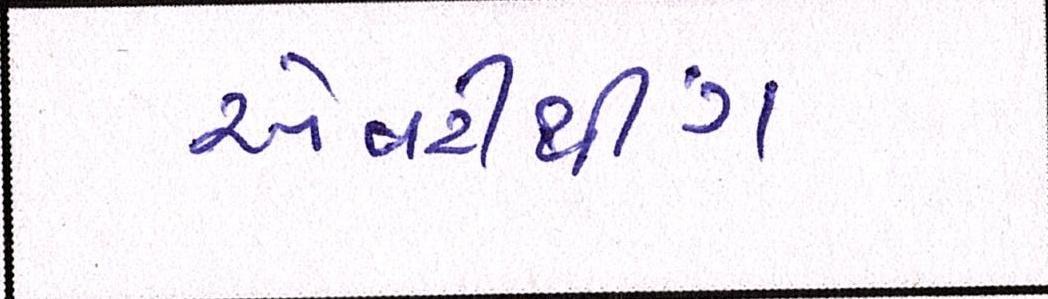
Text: એવરીથીંગ